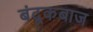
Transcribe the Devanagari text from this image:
बंदूकबाज